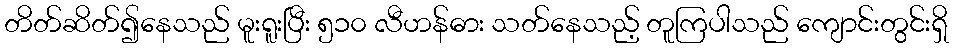
တိတ်ဆိတ်၍နေသည် မူးရူးပြီး ၅၁၀ လီဟန်ဓား သတ်နေသည့် တူကြပါသည် ကျောင်းတွင်းရှိ